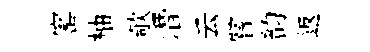
窰柚欹潛云嘗韵返